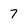
Character: 7